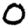
Digit: 0